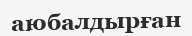
аюбалдырған